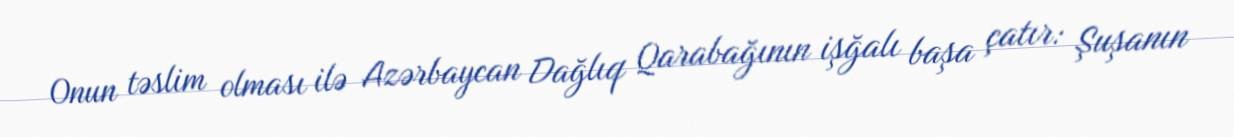
Onun təslim olması ilə Azərbaycan Dağlıq Qarabağının işğalı başa çatır: Şuşanın